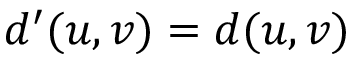
d ^ { \prime } ( u , v ) = d ( u , v )